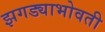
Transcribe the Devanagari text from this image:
झगड्याभोवती